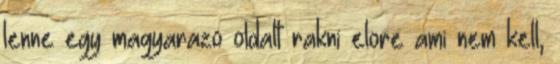
lenne egy magyarazo oldalt rakni elore ami nem kell,